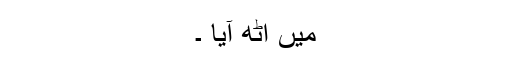
میں اٹھ آیا ۔